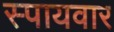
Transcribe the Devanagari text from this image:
स्पायवार